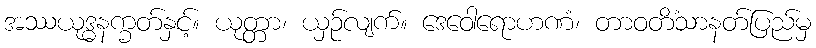
အဿယုဒ္ဓနက္ခတ်နှင့်။ ယုတ္တာ၊ ယှဉ်လျက်။ ဒေဝေါရောဟဏံ၊ တာဝတိံသာနတ်ပြည်မှ